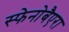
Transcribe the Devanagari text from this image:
स्फेनोबैएरा